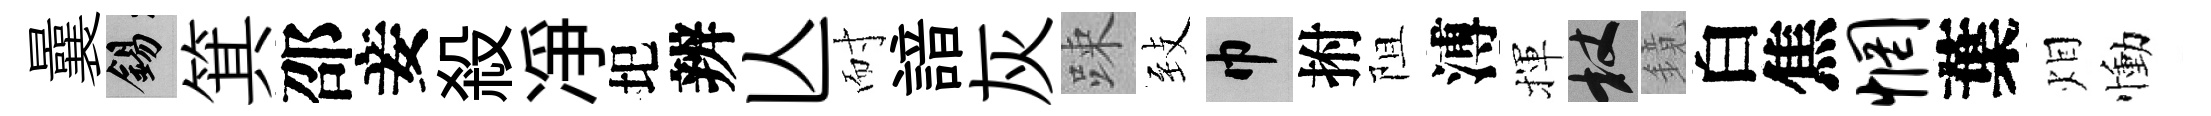
曩錫箕邵妾殺凈圯辨亾耐諳灰踈𦤺巾拊阻溥揮杖鏡白焦惘葉𤇆慟